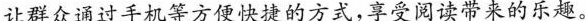
让群众通过手机等方便快捷的方式，享受阅读带来的乐趣。